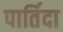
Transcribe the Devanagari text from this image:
पार्तिदा